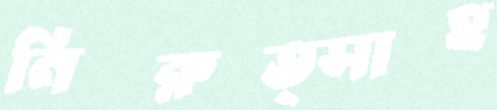
নিরুত্সাহ